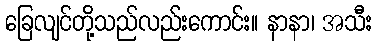
ခြေလျင်တို့သည်လည်းကောင်း။ နာနာ၊ အသီး